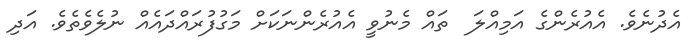
އެދުނެވެ. އެއުރެންގެ އަމިއްލަ  ތައް މެނުވީ އެއުރެންނަކަށް މަގުފުރައްދައެއް ނުލެވެތެވެ. އަދި